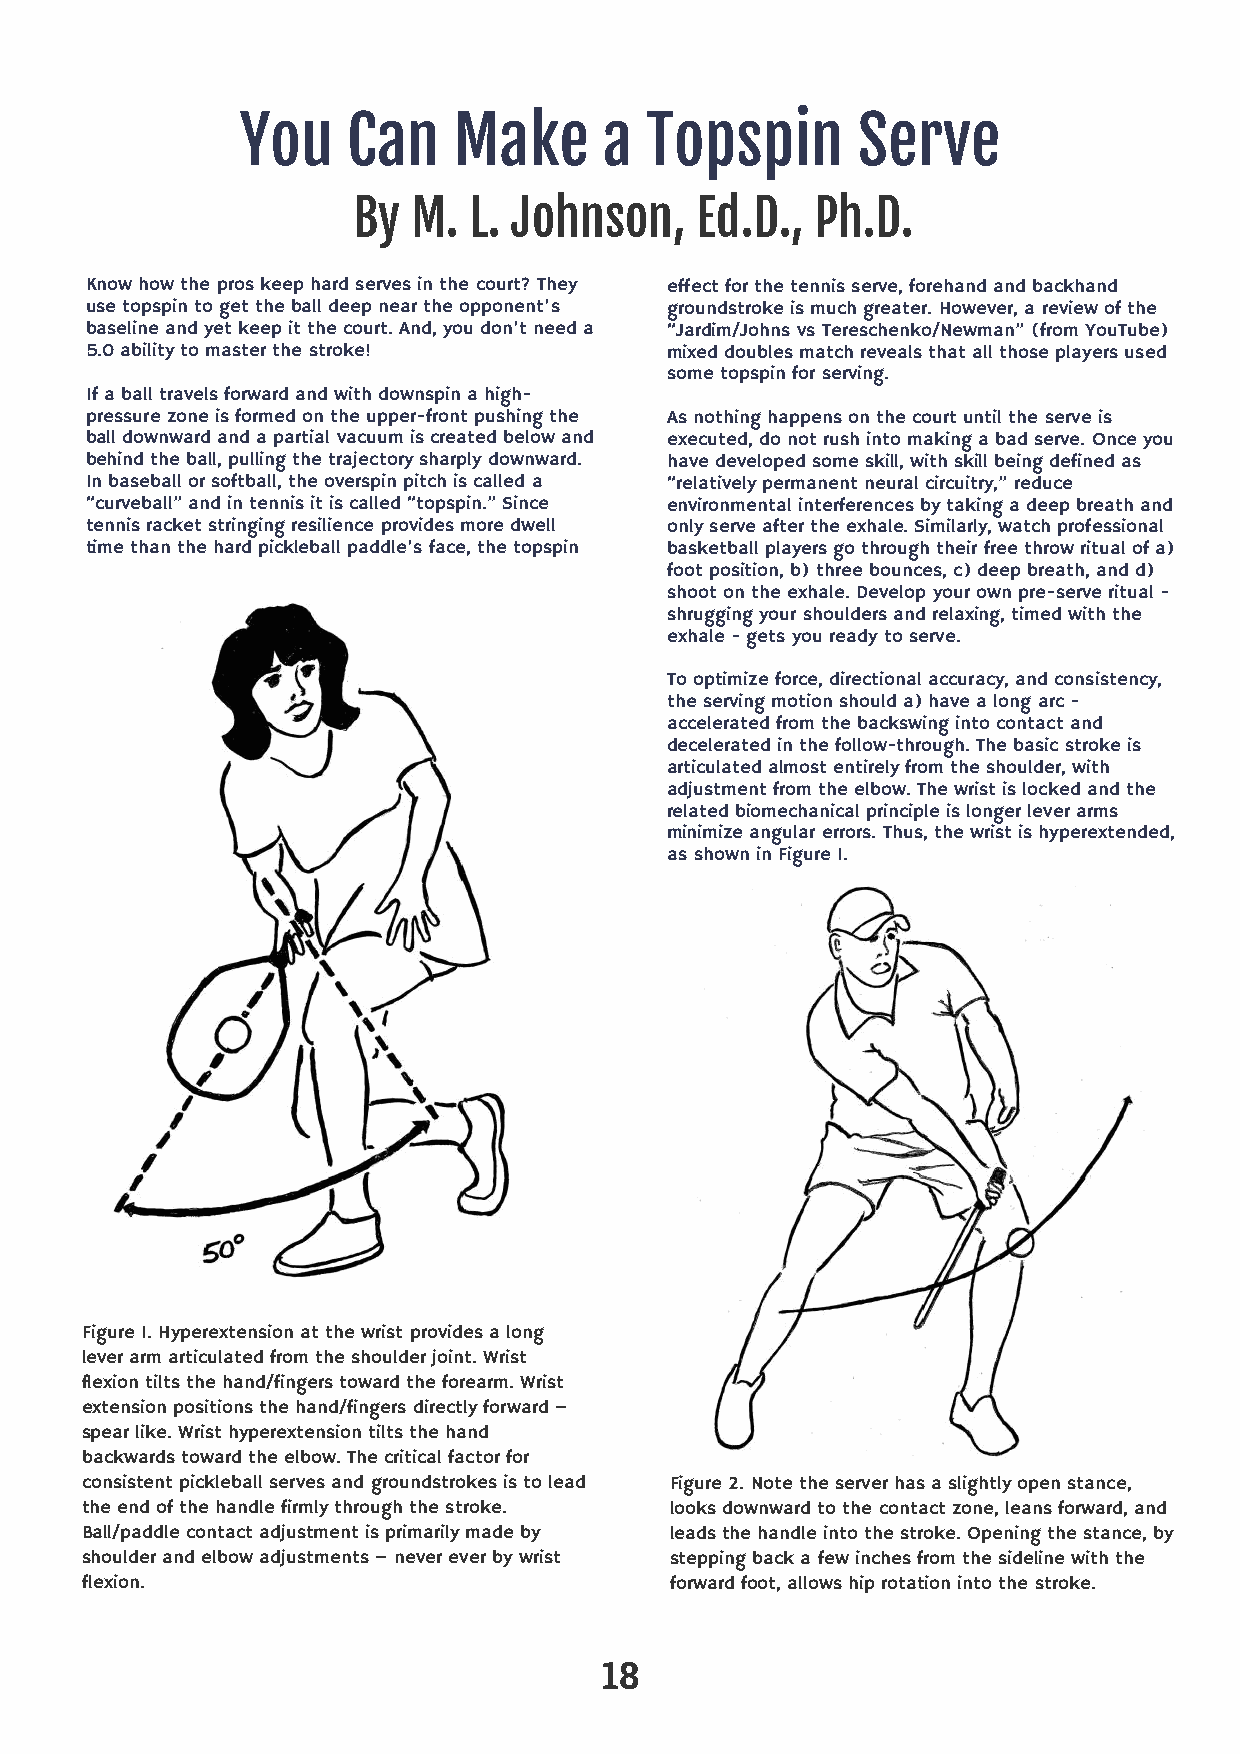
You    Can    Make      a  Topspin       Serve
 By  M.  L. Johnson,    Ed.D.,  Ph.D.
 Know how the pros keep hard serves in the court? They effect for the tennis serve, forehand and backhand
 use topspin to get the ball deep near the opponent’s groundstroke is much greater. However, a review of the
 baseline and yet keep it the court. And, you don’t need a “Jardim/Johns vs Tereschenko/Newman” (from YouTube)
 5.0 ability to master the stroke!     mixed doubles match reveals that all those players used
 some topspin for serving.
 If a ball travels forward and with downspin a high-
 pressure zone is formed on the upper-front pushing the As nothing happens on the court until the serve is
 ball downward and a partial vacuum is created below and executed, do not rush into making a bad serve. Once you
 behind the ball, pulling the trajectory sharply downward. have developed some skill, with skill being defined as
 In baseball or softball, the overspin pitch is called a “relatively permanent neural circuitry,” reduce
 “curveball” and in tennis it is called “topspin.” Since environmental interferences by taking a deep breath and
 tennis racket stringing resilience provides more dwell only serve after the exhale. Similarly, watch professional
 time than the hard pickleball paddle’s face, the topspin basketball players go through their free throw ritual of a)
 foot position, b) three bounces, c) deep breath, and d)
 shoot on the exhale. Develop your own pre-serve ritual -
 shrugging your shoulders and relaxing, timed with the
 exhale - gets you ready to serve.
 To optimize force, directional accuracy, and consistency,
 the serving motion should a) have a long arc -
 accelerated from the backswing into contact and
 decelerated in the follow-through. The basic stroke is
 articulated almost entirely from the shoulder, with
 adjustment from the elbow. The wrist is locked and the
 related biomechanical principle is longer lever arms
 minimize angular errors. Thus, the wrist is hyperextended,
 as shown in Figure 1.
 Figure 1. Hyperextension at the wrist provides a long
 lever arm articulated from the shoulder joint. Wrist
 flexion tilts the hand/fingers toward the forearm. Wrist
 extension positions the hand/fingers directly forward –
 spear like. Wrist hyperextension tilts the hand
 backwards toward the elbow. The critical factor for
 consistent pickleball serves and groundstrokes is to lead Figure 2. Note the server has a slightly open stance,
 the end of the handle firmly through the stroke. looks downward to the contact zone, leans forward, and
 Ball/paddle contact adjustment is primarily made by leads the handle into the stroke. Opening the stance, by
 shoulder and elbow adjustments – never ever by wrist stepping back a few inches from the sideline with the
 flexion.                               forward foot, allows hip rotation into the stroke.
 18